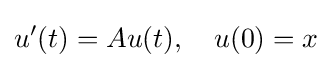
u'(t)=Au(t),~~~u(0)=x